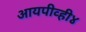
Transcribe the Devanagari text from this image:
आयपीव्ही४